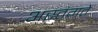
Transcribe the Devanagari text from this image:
अस्तंगते